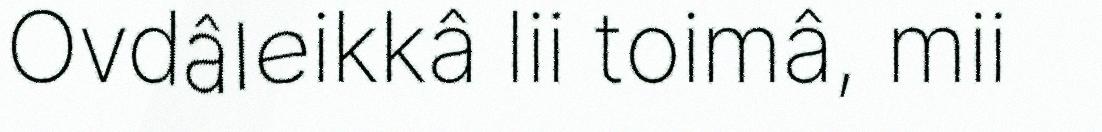
Ovdâleikkâ lii toimâ, mii